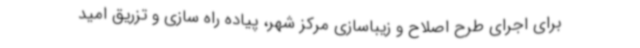
برای اجرای طرح اصلاح و زیباسازی مرکز شهر، پیاده راه سازی و تزریق امید